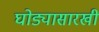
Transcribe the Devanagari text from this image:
घोड्यासारखी